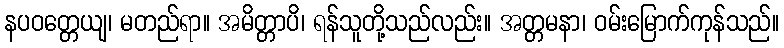
နပဝတ္တေယျ၊ မတည်ရာ။ အမိတ္တာပိ၊ ရန်သူတို့သည်လည်း။ အတ္တမနာ၊ ဝမ်းမြောက်ကုန်သည်။